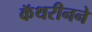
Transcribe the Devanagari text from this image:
कॅथरीनने